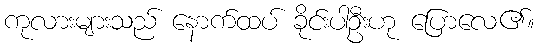
ကုလားများသည် နောက်ထပ် ခိုင်းပါဦးဟု ပြောလေ၏။